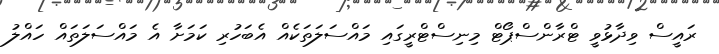
ރައީސް ވިދާޅުވީ ޓްރާންސްޕޯޓް މިނިސްޓްރީގައި މައްސަލަތަކެއް އެބަހުރި ކަމަށާ އެ މައްސަލަތައް ހައްލު